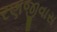
રણજીવાસ